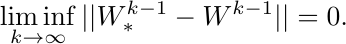
\begin{equation*}
    \liminf_{k\rightarrow \infty}||W^{k-1}_{*}-W^{k-1}||=0.
\end{equation*}